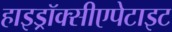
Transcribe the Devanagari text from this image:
हाइड्रॉक्सीएपेटाइट